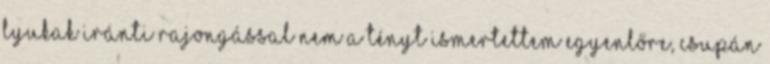
Lyukak iránti rajongással Nem a tényt ismertettem egyenlőre, csupán